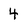
Character: 4